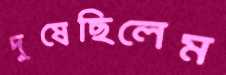
দুষেছিলেম